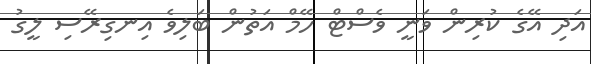
އަދި އޭގެ ކުރިން ވަނީ ވެސްޓް ހޭމް އަތުން ބަލިވެ އިނގިރޭސި ލީގު